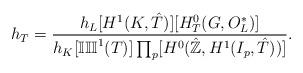
LaTeX: \begin{align*}h_T= \frac{h_L[H^1(K,\hat{T})][H^0_T(G,O_L^{*})]}{h_K[\mathbb{III}^1(T)]\prod_{p}[H^0(\hat{\mathbb{Z}},H^1(I_p,\hat{T}))]}.\end{align*}